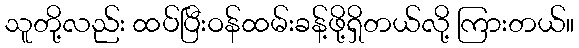
သူတို့လည်း ထပ်ပြီးဝန်ထမ်းခန့်ဖို့ရှိတယ်လို့ ကြားတယ်။